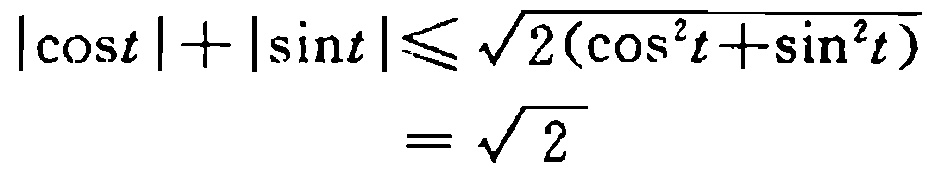
\[
\begin{align*}
|\cos t|+|\sin t|&\leqslant\sqrt{2(\cos^{2}t + \sin^{2}t)}\\
&=\sqrt{2}
\end{align*}
\]